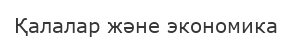
Қалалар және экономика